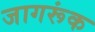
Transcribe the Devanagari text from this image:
जागरूंक